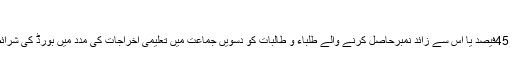
(خبر جاری ہے)
تفصیلات کے مطابق بورڈ سے الحاق شدہ اسکولوں میں زیر تعلیم نویں جماعت میں 45فیصد یا اس سے زائد نمبرحاصل کرنے والے طلباء و طالبات کو دسویں جماعت میں تعلیمی اخراجات کی مدد میں بورڈ کی شرائط اور قواعد وضوابط کے مطابق اسکالر شپ کیلئے ناموں کو ترجیح دی جائے گی۔